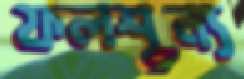
ফলশূন্য